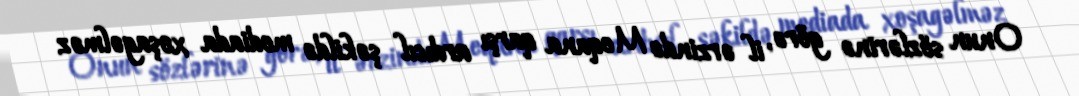
Onun sözlərinə görə, il ərzində Meqana qarşı ardıcıl şəkildə mediada xoşagəlməz